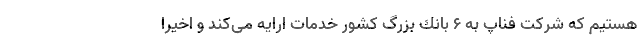
هستیم كه شركت فناپ به 6 بانك بزرگ كشور خدمات ارایه می‌كند و اخیرا